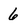
Character: 6